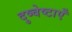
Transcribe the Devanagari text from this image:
दुष्चेष्टाएँ